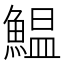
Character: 鰛